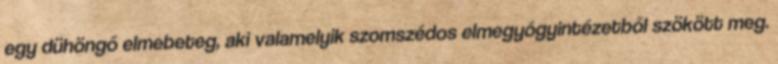
egy dühöngő elmebeteg, aki valamelyik szomszédos elmegyógyintézetből szökött meg.